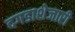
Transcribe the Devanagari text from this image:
दगडाशेजारी